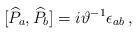
LaTeX: \begin{align*}\lbrack \widehat{P}_{a},\widehat{P}_{b}]=i\vartheta ^{-1}\epsilon _{ab}\,,\end{align*}